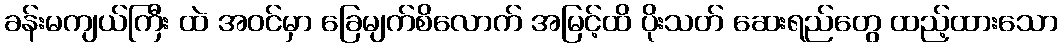
ခန်းမကျယ်ကြီး ထဲ အဝင်မှာ ခြေမျက်စိလောက် အမြင့်ထိ ပိုးသတ် ဆေးရည်တွေ ထည့်ထားသော